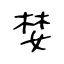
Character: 婪